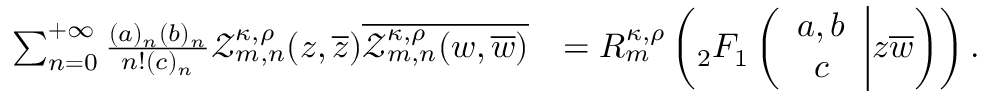
\begin{array} { r l } { \sum _ { n = 0 } ^ { + \infty } \frac { ( a ) _ { n } ( b ) _ { n } } { n ! ( c ) _ { n } } \mathcal { Z } _ { m , n } ^ { \kappa , \rho } ( z , \overline { { z } } ) \overline { { \mathcal { Z } _ { m , n } ^ { \kappa , \rho } ( w , \overline { { w } } ) } } } & { = R _ { m } ^ { \kappa , \rho } \left( { _ 2 F _ { 1 } } \left( \begin{array} { c } { a , b } \\ { c } \end{array} \bigg | z \overline { { w } } \right) \right) . } \end{array}